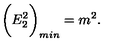
\bigg ( E _ { 2 } ^ { 2 } \bigg ) _ { m i n } = m ^ { 2 } .